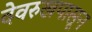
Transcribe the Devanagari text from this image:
देवरुखपासून